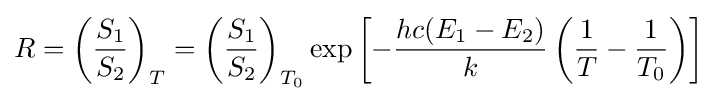
R=\left({\frac {S_{1}}{S_{2}}}\right)_{T}=\left({\frac {S_{1}}{S_{2}}}\right)_{T_{0}}\exp \left[-{\frac {hc(E_{1}-E_{2})}{k}}\left({\frac {1}{T}}-{\frac {1}{T_{0}}}\right)\right]